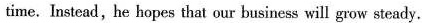
time. Instead,he hopes that our business will grow steady.